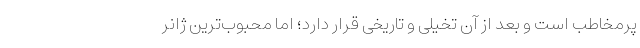
پرمخاطب است و بعد از آن تخیلی و تاریخی قرار دارد؛ اما محبوب‌ترین ژانر